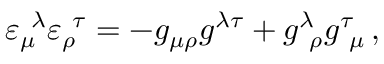
\varepsilon _ { \mu } ^ { \ \lambda } \varepsilon _ { \rho } ^ { \ \tau } = - g _ { \mu \rho } g ^ { \lambda \tau } + g _ { \ \rho } ^ { \lambda } g _ { \ \mu } ^ { \tau } \, ,